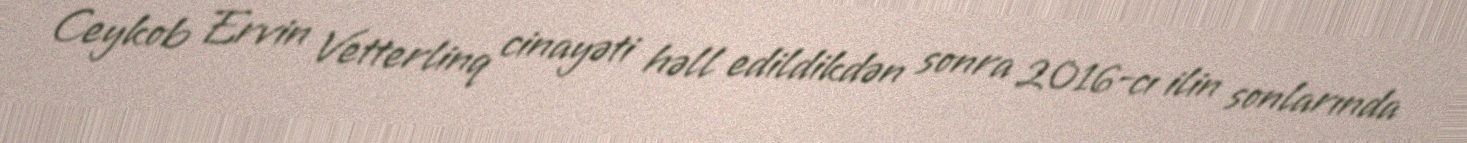
Ceykob Ervin Vetterlinq cinayəti həll edildikdən sonra 2016-cı ilin sonlarında